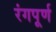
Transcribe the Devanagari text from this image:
रंगपूर्ण